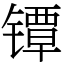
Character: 镡